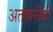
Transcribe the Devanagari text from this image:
अतकनीकी